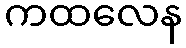
ကထလေန